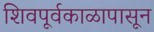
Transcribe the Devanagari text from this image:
शिवपूर्वकाळापासून